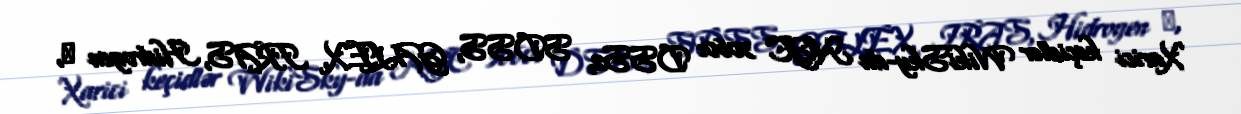
Xarici keçidlər WikiSky-da NGC 3060: DSS2, SDSS, GALEX, IRAS, Hidrogen α,